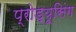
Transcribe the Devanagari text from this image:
प्रोड्यूसिंग